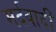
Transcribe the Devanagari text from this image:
मर्दवादी